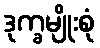
ဒုက္ခမျိုးစုံ